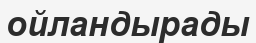
ойландырады